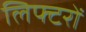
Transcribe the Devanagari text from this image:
लिफ्टरों